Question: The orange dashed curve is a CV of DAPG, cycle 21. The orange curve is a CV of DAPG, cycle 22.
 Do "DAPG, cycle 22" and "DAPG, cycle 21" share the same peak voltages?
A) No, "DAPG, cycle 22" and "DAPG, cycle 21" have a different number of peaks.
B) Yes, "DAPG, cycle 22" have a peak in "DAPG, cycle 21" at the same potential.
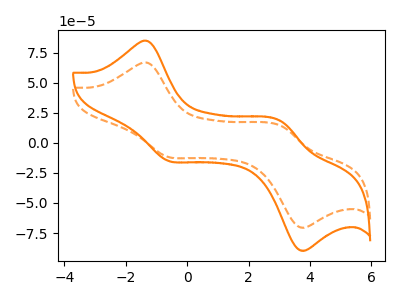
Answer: <think>The orange dashed curve "DAPG, cycle 21" has anodic peaks at (-1.30V, 66.55uA) (3.05V, 14.00uA) and cathodic peaks at (-0.60V, -11.75uA) (3.65V, -70.05uA). The orange curve "DAPG, cycle 22" has anodic peaks at (-1.30V, 84.65uA) (3.05V, 17.80uA) and cathodic peaks at (-0.60V, -14.90uA) (3.65V, -89.10uA).</think>
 <answer>B) Yes, "DAPG, cycle 22" have a peak in "DAPG, cycle 21" at the same potential.</answer>
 <eval>B</eval>